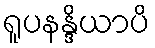
ရူပနန္ဒိယာပိ